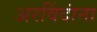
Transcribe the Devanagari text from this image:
अरविंदांना